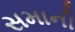
સમાની